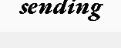
sending